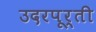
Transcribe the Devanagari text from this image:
उदरपूर्ती